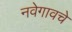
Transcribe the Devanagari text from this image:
नवेगावचे